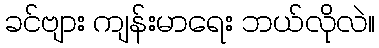
ခင်ဗျား ကျန်းမာရေး ဘယ်လိုလဲ။